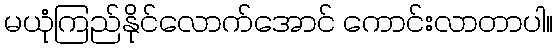
မယုံကြည်နိုင်လောက်အောင် ကောင်းလာတာပါ။